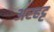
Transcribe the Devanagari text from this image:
अरहट्ट